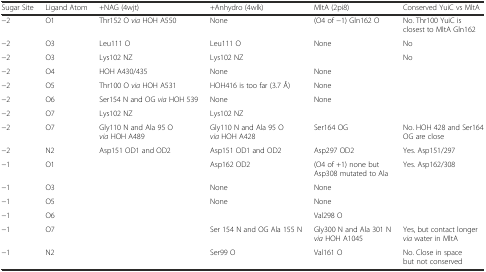
<table><thead><tr><td><b>Sugar Site</b></td><td><b>Ligand Atom</b></td><td><b>+NAG (4wjt)</b></td><td><b>+Anhydro (4wlk)</b></td><td><b>MltA (2pi8)</b></td><td><b>Conserved YuiC vs MltA</b></td></tr></thead><tbody><tr><td>−2</td><td>O1</td><td>Thr152 O <i>via</i> HOH A550</td><td>None</td><td>(O4 of −1) Gln162 O</td><td>No. Thr100 YuiC is closest to MltA Gln162</td></tr><tr><td>−2</td><td>O3</td><td>Leu111 O</td><td>Leu111 O</td><td>None</td><td>No</td></tr><tr><td>−2</td><td>O3</td><td>Lys102 NZ</td><td>Lys102 NZ</td><td></td><td>No</td></tr><tr><td>−2</td><td>O4</td><td>HOH A430/435</td><td>None</td><td>None</td><td></td></tr><tr><td>−2</td><td>O5</td><td>Thr100 O <i>via</i> HOH A531</td><td>HOH416 is too far (3.7 Å)</td><td>None</td><td></td></tr><tr><td>−2</td><td>O6</td><td>Ser154 N and OG <i>via</i> HOH 539</td><td>None</td><td>None</td><td></td></tr><tr><td>−2</td><td>O7</td><td>Lys102 NZ</td><td>Lys102 NZ</td><td></td><td></td></tr><tr><td>−2</td><td>O7</td><td>Gly110 N and Ala 95 O <i>via</i> HOH A489</td><td>Gly110 N and Ala 95 O <i>via</i> HOH A428</td><td>Ser164 OG</td><td>No. HOH 428 and Ser164 OG are close</td></tr><tr><td>−2</td><td>N2</td><td>Asp151 OD1 and OD2</td><td>Asp151 OD1 and OD2</td><td>Asp297 OD2</td><td>Yes. Asp151/297</td></tr><tr><td>−1</td><td>O1</td><td></td><td>Asp162 OD2</td><td>(O4 of +1) none but Asp308 mutated to Ala</td><td>Yes. Asp162/308</td></tr><tr><td>−1</td><td>O3</td><td></td><td>None</td><td>None</td><td></td></tr><tr><td>−1</td><td>O5</td><td></td><td>None</td><td>None</td><td></td></tr><tr><td>−1</td><td>O6</td><td></td><td></td><td>Val298 O</td><td></td></tr><tr><td>−1</td><td>O7</td><td></td><td>Ser 154 N and OG Ala 155 N</td><td>Gly300 N and Ala 301 N <i>via</i> HOH A1045</td><td>Yes, but contact longer <i>via</i> water in MltA</td></tr><tr><td>−1</td><td>N2</td><td></td><td>Ser99 O</td><td>Val161 O</td><td>No. Close in space but not conserved</td></tr></tbody></table>